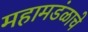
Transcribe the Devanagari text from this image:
महामडंळाचे